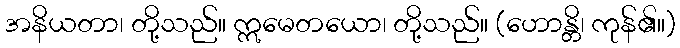
အနိယတာ၊ တို့သည်။ ဣမေတယော၊ တို့သည်။ (ဟောန္တိ၊ ကုန်၏။)